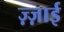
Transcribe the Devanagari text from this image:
ज़्ज़ाई